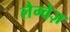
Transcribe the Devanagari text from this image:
लैग्वेज़